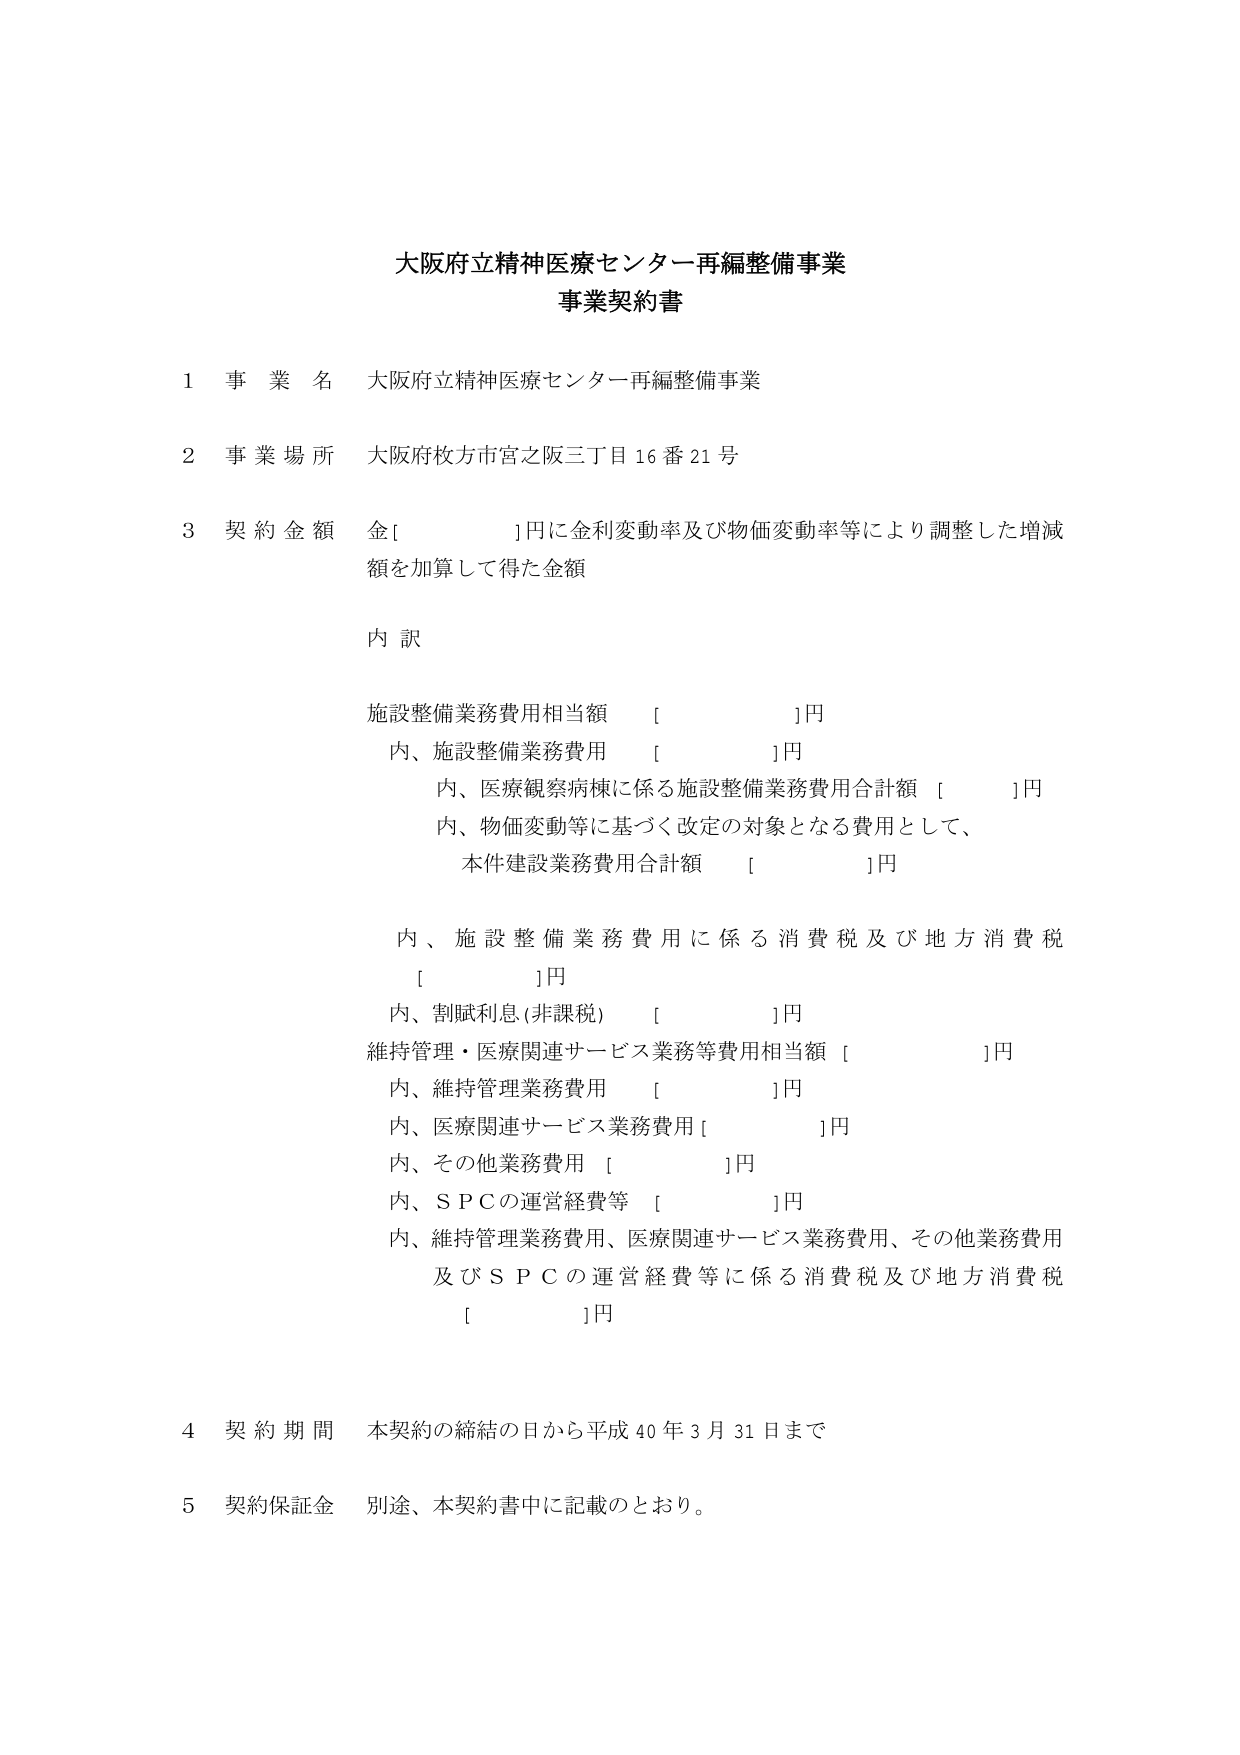
大阪府立精神医療センター再編整備事業
事業契約書

1 事業名 大阪府立精神医療センター再編整備事業

2 事業場所 大阪府枚方市宮之阪三丁目16番21号

3 契約金額 金[　　　　]円に金利変動率及び物価変動率等により調整した増減額を加算して得た金額

内訳
施設整備業務費用相当額 [　　　　]円
　内、施設整備業務費用 [　　　　]円
　　内、医療観察病棟に係る施設整備業務費用合計額 [　　　　]円
　　内、物価変動等に基づく改定の対象となる費用として、
　　　本件建設業務費用合計額 [　　　　]円

　内、施設整備業務費用に係る消費税及び地方消費税 [　　　　]円
　内、割賦利息(非課税) [　　　　]円
維持管理・医療関連サービス業務等費用相当額 [　　　　]円
　内、維持管理業務費用 [　　　　]円
　内、医療関連サービス業務費用 [　　　　]円
　内、その他業務費用 [　　　　]円
　内、ＳＰＣの運営経費等 [　　　　]円
　内、維持管理業務費用、医療関連サービス業務費用、その他業務費用
　　及びＳＰＣの運営経費等に係る消費税及び地方消費税 [　　　　]円

4 契約期間 本契約の締結の日から平成40年3月31日まで

5 契約保証金 別途、本契約書中に記載のとおり。